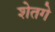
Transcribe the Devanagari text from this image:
शेतगे